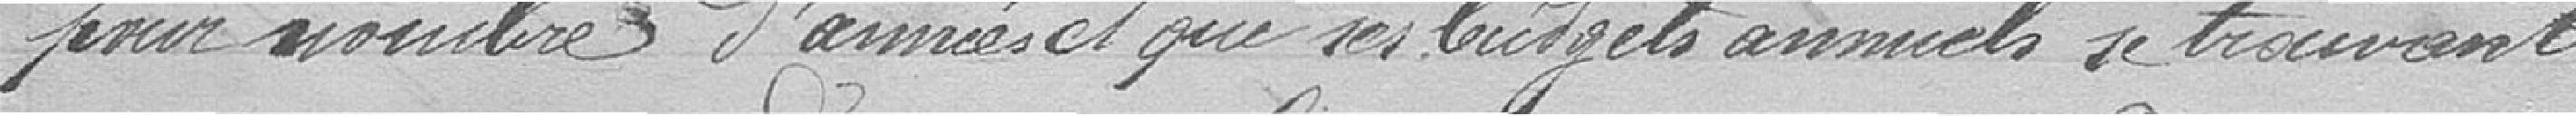
pour nombre d'années et que ses budgets annuels se trouvant